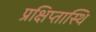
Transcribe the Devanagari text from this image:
प्रक्षिप्तास्थि